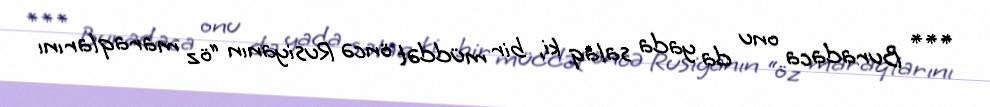
*** Buradaca onu da yada salaq ki, bir müddət öncə Rusiyanın “öz maraqlarını